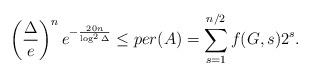
LaTeX: \begin{align*} \left(\frac{\Delta}{e}\right)^ne^{-\frac{20n}{\log^2\Delta}}\le per(A)=\sum_{s=1}^{n/2}f(G,s)2^s.\end{align*}